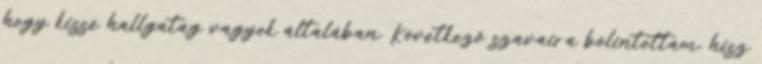
hogy kissé hallgatag vagyok általában. Következő szavaira bólintottam, hisz